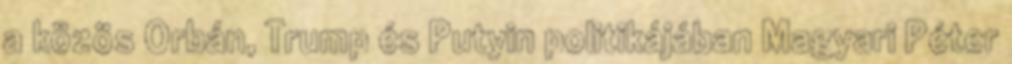
a közös Orbán, Trump és Putyin politikájában Magyari Péter